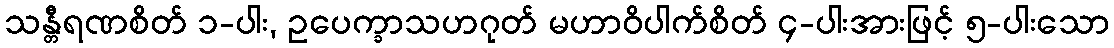
သန္တီရဏစိတ် ၁-ပါး, ဥပေက္ခာသဟဂုတ် မဟာဝိပါက်စိတ် ၄-ပါးအားဖြင့် ၅-ပါးသော